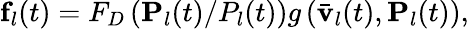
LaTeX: {\mathbf f}_{l}(t)=F_{D}\left({{\mathbf P}_{l}(t)}/{P_{l}(t)}\right)g\left(\bar{\mathbf v}_{l}(t),{\mathbf P}_{l}(t)\right),